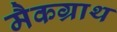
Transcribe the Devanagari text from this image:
मैकग्राथ